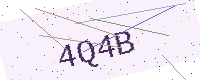
Text: 4Q4B